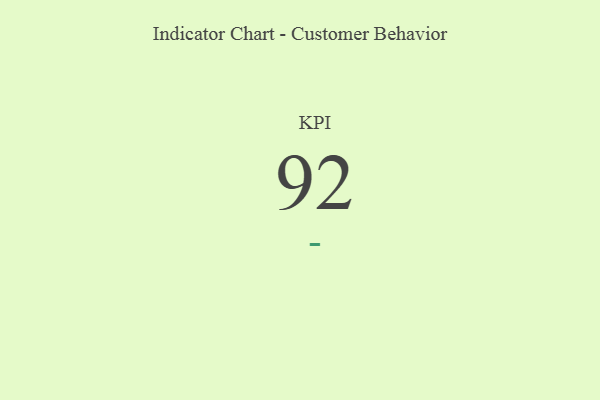
{"axis": {"x": "KPI", "y": "Value"}, "legend": [""], "data": [{"x": "KPI", "y": 92, "type": ""}]}